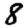
Digit: 8